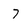
Character: 7